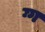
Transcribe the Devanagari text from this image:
ग्ग